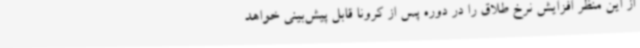
از این منظر افزایش نرخ طلاق را در دوره پس از کرونا قابل پیش‌بینی خواهد